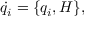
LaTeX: { \dot { q } } _ { i } = \{ q _ { i } , H \} ,